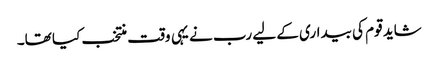
شاید قوم کی بیداری کے لیے رب نے یہی وقت منتخب کیا تھا۔